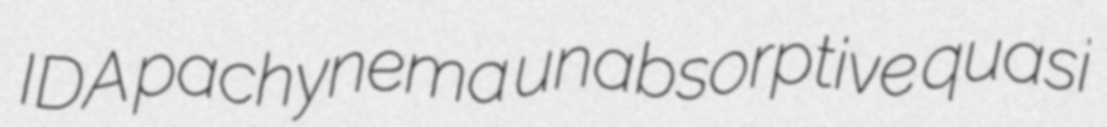
IDA pachynema unabsorptive quasi